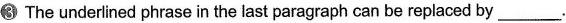
3The underined phrase in the last paragraph can bereplaced by___.